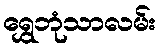
ရွှေဘုံသာလမ်း